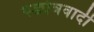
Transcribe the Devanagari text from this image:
षड्यंत्रवादी